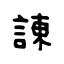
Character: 諌